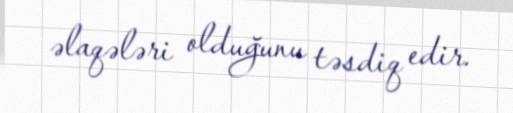
əlaqələri olduğunu təsdiq edir.